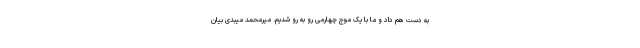
به دست هم داد و ما با یک موج چهارمی رو به رو شدیم. میرمحمد میبدی بیان